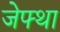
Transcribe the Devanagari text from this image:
जेफ्था